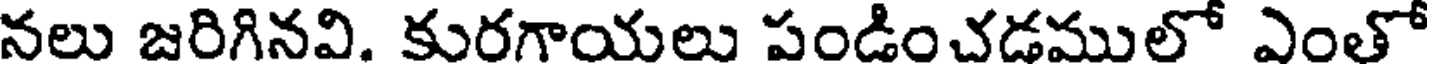
నలు జరిగినవి. కురగాయలు పండించడములో ఎంతో